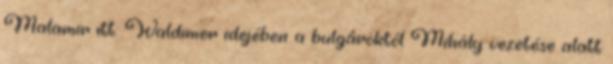
Malamir itt: Waldimer idejében a bulgároktól Mihály vezetése alatt